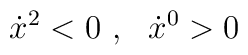
\dot{x}^2<0\ ,\ \ \dot{x}^0>0